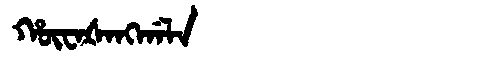
Manchu: ᡥᡡᠸᠠᡧᠠᠩᡤᠠᠯᠠ
Romanization: HŪWAŠANGGALA